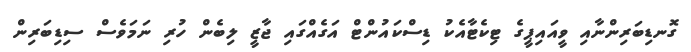
ގޮނޑިބަރިންނާއި ވީއައިޕީގެ ޓިކެޓާއެކު ޑިސްކައުންޓް އަގެއްގައި ޖާޒީ ލިބެން ހުރި ނަމަވެސް ސިޑިބަރިން